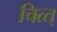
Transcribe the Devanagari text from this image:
चित्त्